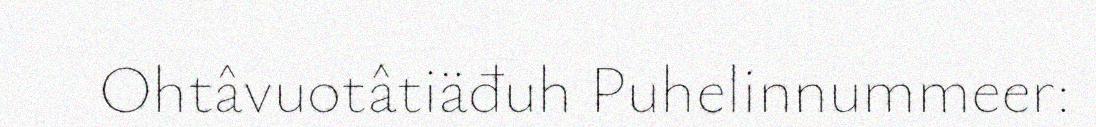
Ohtâvuotâtiäđuh Puhelinnummeer: